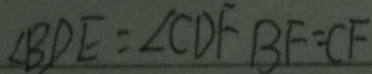
\angle B D E = \angle C D F B F = C F